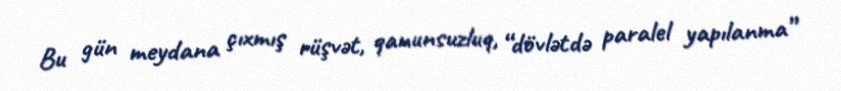
Bu gün meydana çıxmış rüşvət, qanunsuzluq, “dövlətdə paralel yapılanma”